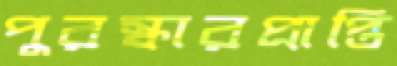
পুরস্কারপ্রাপ্তি